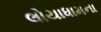
લોયાધામના